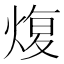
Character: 𤋟